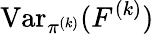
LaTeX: \operatorname{Var}_{\pi^{(k)}}(F^{(k)})